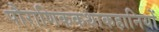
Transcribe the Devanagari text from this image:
पौराणिककथाकहानियों